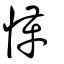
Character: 愅